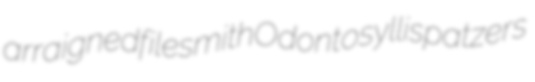
arraigned filesmith Odontosyllis patzers